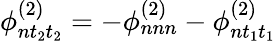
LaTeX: \phi_{nt_{2}t_{2}}^{(2)}=-\phi_{nnn}^{(2)}-\phi_{nt_{1}t_{1}}^{(2)}